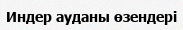
Индер ауданы өзендері